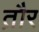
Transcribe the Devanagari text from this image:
त़ौर